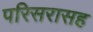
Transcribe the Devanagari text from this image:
परिसरासह